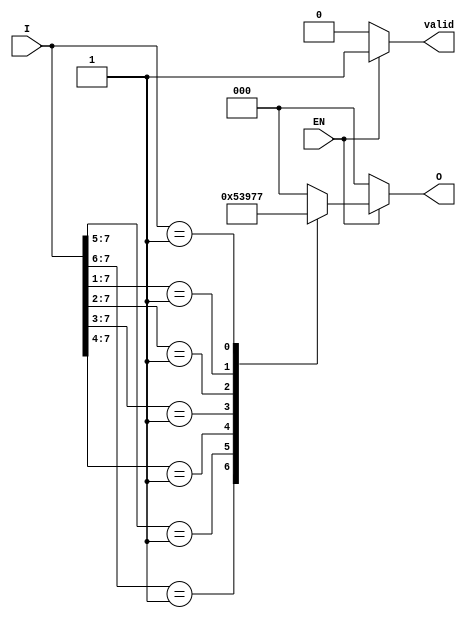
module priority_encoder (
    input wire [7:0] I,    // 8-bit input for I0 to I7
    input wire EN,         // Enable signal
    output reg [2:0] O,    // 3-bit output for O0 to O2
    output reg valid       // Output valid signal (1 if valid output, 0 otherwise)
);
    always @(*) begin
        if (!EN) begin
            O = 3'b000;     // If disabled, output should be zero
            valid = 1'b0;   // Set valid to 0
        end else begin
            valid = 1'b1;   // Output is valid when enabled
            casez (I)       // Use casez to handle don't care conditions
                8'b1???????: O = 3'b000; // I0 active
                8'b01??????: O = 3'b001; // I1 active
                8'b001?????: O = 3'b010; // I2 active
                8'b0001????: O = 3'b011; // I3 active
                8'b00001???: O = 3'b100; // I4 active
                8'b000001??: O = 3'b101; // I5 active
                8'b0000001?: O = 3'b110; // I6 active
                8'b00000001: O = 3'b111; // I7 active
                default: O = 3'b000;      // Default case
            endcase
        end
    end
endmodule